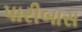
પારીબાસ